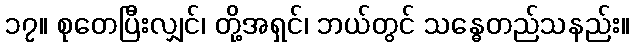
၁၇။ စုတေပြီးလျှင်၊ တို့အရှင်၊ ဘယ်တွင် သန္ဓေတည်သနည်း။